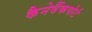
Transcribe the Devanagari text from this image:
कैनेबैंकपोर्ट